Document type: Sale
Year: 1209
Scribe: Arnau de Torre
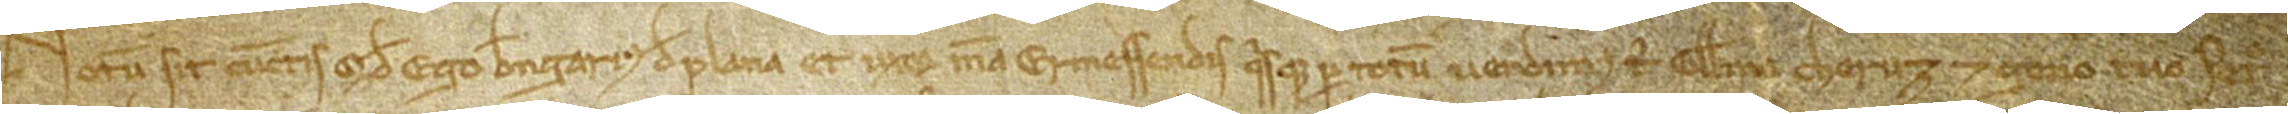
Notum sit cunctis quod ego Berengarius de Plana et uxor mea Ermessendis quisque per totum vendimus tibi Guillelmo Cheruz et genero tuo Petro